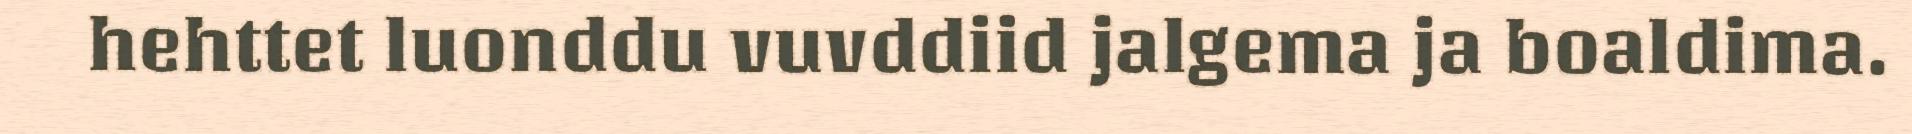
hehttet luonddu vuvddiid jalgema ja boaldima.